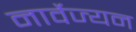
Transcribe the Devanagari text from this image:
नार्वेज्यन